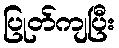
ပြုတ်ကျပြီး